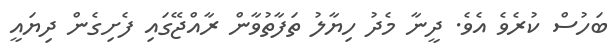
ބަހުސް ކުރެވެ އެވެ. ދީނާ މެދު ހިޔާލު ތަފާތުވާން ރާއްޖޭގައި ފެށިގެން ދިޔައީ